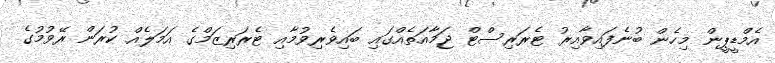
އެމްޑީޕީން މިހެން ބުނެފައިވާއިރު ޓެރަރިސްޓް ޖަމާއަތެއްގައި ބައިވެރިވުމާއި ޓެރަރިޒަމްގެ އަމަލެއް ކުރަން ރޭވުމުގެ